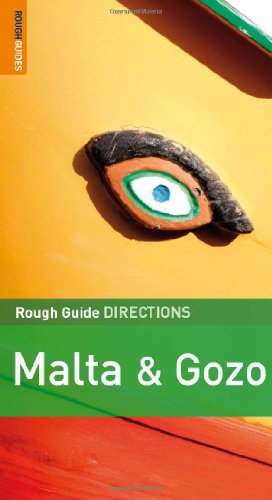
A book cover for The Rough Guides' Malta  &  Gozo Directions 2 (Rough Guide Directions); Victor Paul Borg; Travel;